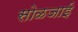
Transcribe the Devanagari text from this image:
सोळजाई